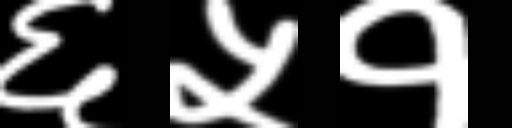
Text: ६५१